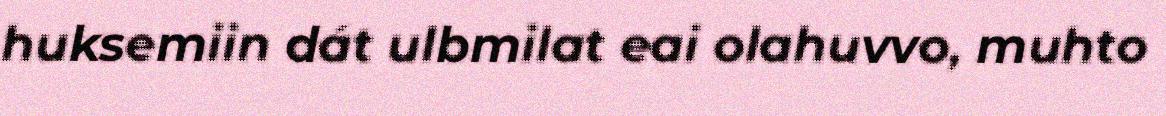
huksemiin dát ulbmilat eai olahuvvo, muhto